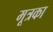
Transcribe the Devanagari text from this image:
मूत्रका